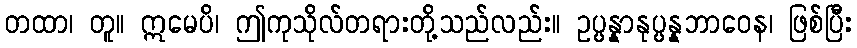
တထာ၊ တူ။ ဣမေပိ၊ ဤကုသိုလ်တရားတို့သည်လည်း။ ဥပ္ပန္နာနုပ္ပန္နဘာဝေန၊ ဖြစ်ပြီး